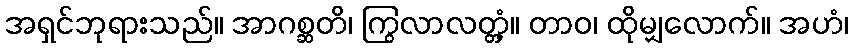
အရှင်ဘုရားသည်။ အာဂစ္ဆတိ၊ ကြွလာလတ္တံ့။ တာဝ၊ ထိုမျှလောက်။ အဟံ၊